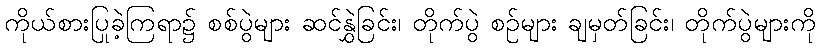
ကိုယ်စားပြုခဲ့ကြရာ၌ စစ်ပွဲများ ဆင်နွှဲခြင်း၊ တိုက်ပွဲ စဉ်များ ချမှတ်ခြင်း၊ တိုက်ပွဲများကို